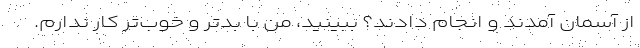
از آسمان آمدند و انجام دادند؟ ببینید، من با بدتر و خوب‌تر کار ندارم.